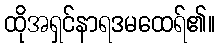
ထိုအရှင်နာရဒမထေရ်၏။